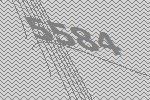
5584